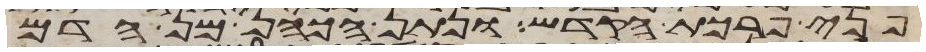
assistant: פני פרכת הקדש ונתן הכהן מן הדם